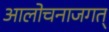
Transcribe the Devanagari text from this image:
आलोचनाजगत्